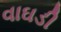
વાઘડી